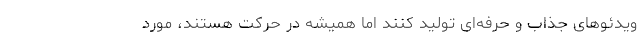
ویدئوهای جذاب و حرفه‌ای تولید کنند اما همیشه در حرکت هستند، مورد